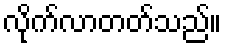
လိုက်လာတတ်သည်။